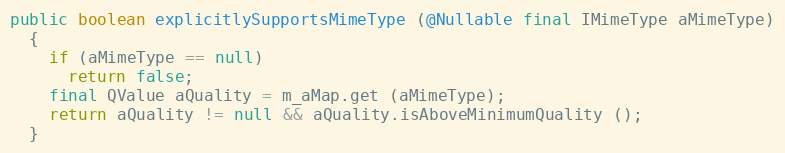
Language: Java
public boolean explicitlySupportsMimeType (@Nullable final IMimeType aMimeType)
  {
    if (aMimeType == null)
      return false;
    final QValue aQuality = m_aMap.get (aMimeType);
    return aQuality != null && aQuality.isAboveMinimumQuality ();
  }